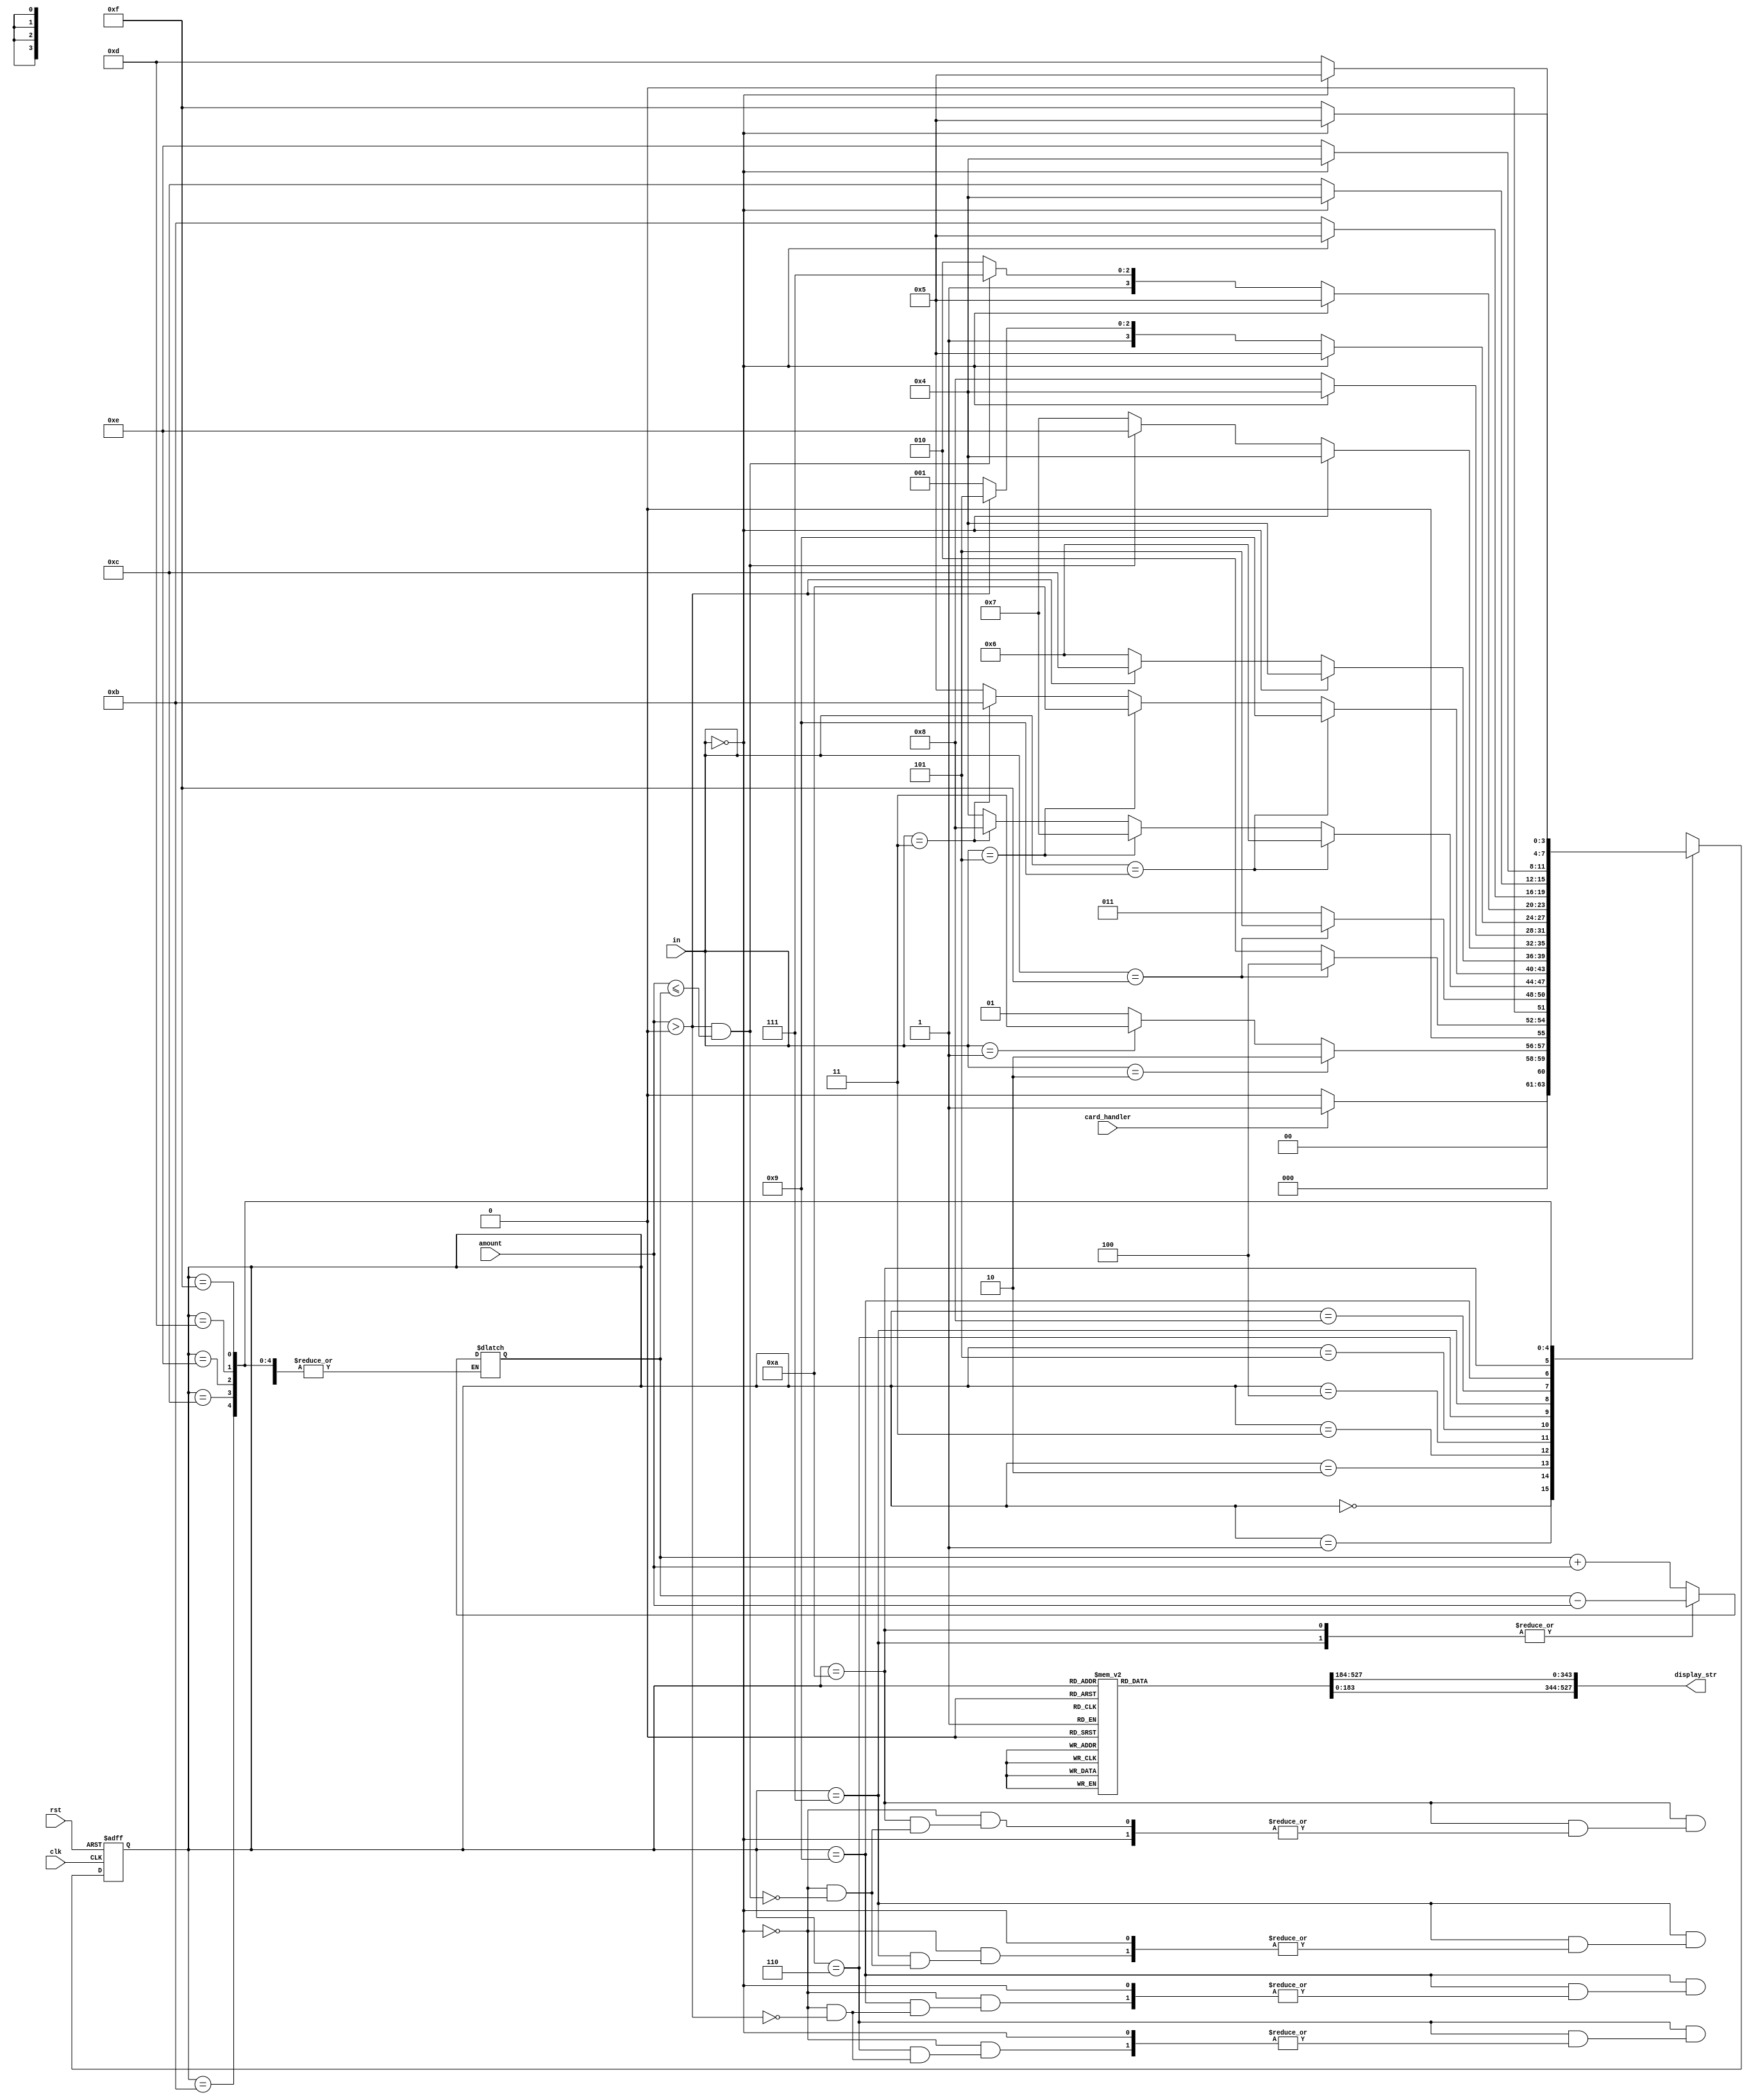
`define WELCOME_STR "Please insert your card" //23 char
`define WELCOME_STR_LEN 23
`define LAN_STR "Please choose your language\n1.Arabic\n2.English"
`define LAN_STR_LEN 46
`define PASS_EN_STR  "Please Enter your password"
`define PASS_EN_STR_LEN 26
`define PASS_AR_STR  "   "
`define PASS_AR_STR_LEN 22
`define MENU_EN_STR  "Please choose your operation\nDeposit(9)\nWithdraw(5)\nBalance(3)"
`define MENU_EN_STR_LEN 62
`define MENU_AR_STR  "   , (9) ,(5), (3)"
`define MENU_AR_STR_LEN 52
`define SUCCESS_EN  "Operation is done successfully , your balance now is"
`define SUCCESS_EN_LEN 52
`define SUCCESS_AR  "   ,  "
`define SUCCESS_AR_LEN 32
`define DEP_EN  "Enter amount you want to deposit"
`define DEP_EN_LEN 32
`define WDRAW_EN  "Enter amount you want to withdraw"
`define WDRAW_EN_LEN 33
`define DEP_AR  "    "
`define DEP_AR_LEN 32
`define WDRAW_AR  "    "
`define WDRAW_AR_LEN 33

module ATM (
  	input  wire        card_handler , // changes to 1 when card is placed 
	input  wire        rst, // async reset
	input  wire        clk, // async clk
  input wire [3:0]     in, // in from user enters data
  output reg [8*66:1]        display_str, // output message displayed on user screen
  input wire[10:0] amount // amount used when you want to submit value for deposit or withdraw
);
  parameter[3:0] AR_VAL = 4'b0001,
   				 EN_VAL = 4'b0010,
  				 DEP_VAL = 4'b1001,
  				 WDRAW_VAL = 4'b0101,
  				 BALANCE_VAL = 4'b0011,
  				 PASSWORD_VAL = 4'b1111,
  				 EXT_VAL = 4'b0000;
  
  
  
  localparam[3:0]   ST0 = 4'b0000,
                    ST1 = 4'b0001,
  					ST2 = 4'b0010,
                    ST3 = 4'b0011,
  					ST4 = 4'b0100,
                    ST5 = 4'b0101,
   					ST6 = 4'b0110,
                    ST7 = 4'b0111,
   					ST8 = 4'b1000,
                    ST9 = 4'b1001,
   					ST10 = 4'b1010,
                    ST11 = 4'b1011,
   					ST12 = 4'b1100,
                    ST13 = 4'b1101,
   					ST14 = 4'b1110,
                    ST15 = 4'b1111;
   					
  reg [32:0] balance;					
   					
  reg[3:0]         	current_state,
                    next_state;
  
  initial 
    begin
      balance = 1000000;
      current_state = ST0;
    end
  
  always @(posedge clk or negedge rst)
   begin
    if(!rst)
     begin
       current_state <= ST0 ;
     end
    else
     begin
       current_state <= next_state ;
     end
   end
  
  always @(*)
   begin
    case(current_state)
    ST0     : begin
      		  if(card_handler==1'b1)
                 next_state = ST1;
                else
                 next_state = ST0 ;			  
               end
    ST1     : begin
      			if(in == EN_VAL)
                 next_state = ST2 ;
      			else if (in == AR_VAL)
                 next_state = ST3 ;
                else
                 next_state = ST1 ;	   
              end
    ST2     : begin
      			if(in == PASSWORD_VAL)
                 next_state = ST4 ;
                else
                 next_state = ST2 ;	    
              end
    ST3     : begin
      			if(in == PASSWORD_VAL)
                 next_state = ST5 ;
                else
                 next_state = ST3 ;	    
              end
    
    ST4     : begin
      			if(in == DEP_VAL)
                 next_state = ST6 ;
      			else if(in == WDRAW_VAL)
                 next_state = ST7 ;
      			else if(in == BALANCE_VAL)
                 next_state = ST8 ;      		
                else
                 next_state = ST4 ;	    
              end
      
    ST5     : begin
      		  	if(in == DEP_VAL)
                 next_state = ST9 ;
      			else if(in == WDRAW_VAL)
                 next_state = ST10 ;
      			else if(in == BALANCE_VAL)
                 next_state = ST11 ;      		
                else
                 next_state = ST5 ;	    
              end

    ST6     : begin
               if( in ==  EXT_VAL)
                 next_state = ST4 ;
      		   else if(amount > 0 )
                 begin
                  balance = balance + amount;
                  next_state = ST12 ;
                 end
                else
                 next_state = ST6 ;	    
              end

    ST7     : begin
      			if( in ==  EXT_VAL)
                 next_state = ST4 ;
               else if(amount > 0 && amount <= balance  )
                 begin
                  balance = balance - amount;
                  next_state = ST14 ;
                 end
                else
                 next_state = ST7 ;	    
              end

    ST8     : begin
      			if( in ==  EXT_VAL)
                 next_state = ST4 ;
                else
                 next_state = ST8 ;	    
              end
    
     ST9     : begin  
       		 if( in ==  EXT_VAL)
                 next_state = ST5 ;
      		   else if(amount > 0 )
                 begin
                  balance = balance + amount;
                  next_state = ST13 ;
                 end
                else
                 next_state = ST9 ;	    
              end

    ST10     : begin
      			if( in ==  EXT_VAL)
                 next_state = ST5 ;
               else if(amount > 0 && amount <= balance  )
                 begin
                  balance = balance - amount;
                  next_state = ST15 ;
                 end
                else
                 next_state = ST10 ;	    
              end

    ST11     : begin
      			if( in ==  EXT_VAL)
                 next_state = ST5 ;
                else
                 next_state = ST11 ;	    
              end
    ST12     : begin
      			if( in ==  EXT_VAL)
                 next_state = ST4 ;
                else
                 next_state = ST12 ;	    
              end
    ST14     : begin
      			if( in ==  EXT_VAL)
                 next_state = ST4 ;
                else
                 next_state = ST14 ;	    
              end
    ST13     : begin
      			if( in ==  EXT_VAL)
                 next_state = ST5 ;
                else
                 next_state = ST13 ;	    
              end
    ST15     : begin
      			if( in ==  EXT_VAL)
                 next_state = ST5 ;
                else
                 next_state = ST15 ;	    
              end

    
      
      default :   next_state = ST0 ;		 

    endcase
  end
  
  always @(*)
   begin
    case(current_state)
    ST0     : begin
      display_str[8*66:8*(66-`WELCOME_STR_LEN)+1]   =  `WELCOME_STR;	  display_str[8*(66-`WELCOME_STR_LEN):1] = 0;
               end
    ST1       : begin
      display_str[8*66:8*(66-`LAN_STR_LEN)+1]   =  `LAN_STR;
      display_str[8*(66-`LAN_STR_LEN):1] = 0;
               end	
    ST2      : begin
      display_str[8*66:8*(66-`PASS_EN_STR_LEN)+1]   =  `PASS_EN_STR;	   display_str[8*(66-`PASS_EN_STR_LEN):1] = 0;
               end
    ST3     : begin
      display_str[8*66:8*(66-`PASS_AR_STR_LEN)+1]   =  `PASS_AR_STR;	   display_str[8*(66-`PASS_AR_STR_LEN):1] = 0;
               end
    ST4    : begin
      display_str[8*66:8*(66-`MENU_EN_STR_LEN)+1]   =  `MENU_EN_STR;
      display_str[8*(66-`MENU_EN_STR_LEN):1] = 0;
    		end
   	ST5    : begin
      display_str[8*66:8*(66-`MENU_AR_STR_LEN)+1]   =  `MENU_AR_STR;
      display_str[8*(66-`MENU_AR_STR_LEN):1] = 0;
               end			 
    ST6     : begin
      display_str[8*66:8*(66-`DEP_EN_LEN)+1]   =  `DEP_EN;
      display_str[8*(66-`DEP_EN_LEN):1] = 0;
               end
    ST7    : begin
      display_str[8*66:8*(66-`WDRAW_EN_LEN)+1]   =  `WDRAW_EN;
      display_str[8*(66-`WDRAW_EN_LEN):1] = 0;
    		end
   	ST8    : begin
      display_str[8*66:8*(66-`SUCCESS_EN_LEN)+1]   =  `SUCCESS_EN;
      display_str[8*(66-`SUCCESS_EN_LEN):1] = 0;
    		end
    ST9     : begin
      display_str[8*66:8*(66-`DEP_AR_LEN)+1]   =  `DEP_AR;
      display_str[8*(66-`DEP_AR_LEN):1] = 0;
               end
    ST10    : begin
      display_str[8*66:8*(66-`WDRAW_AR_LEN)+1]   =  `WDRAW_AR;
      display_str[8*(66-`WDRAW_AR_LEN):1] = 0;
    		end
   	ST11    : begin
      display_str[8*66:8*(66-`SUCCESS_AR_LEN)+1]   =  `SUCCESS_AR;
      display_str[8*(66-`SUCCESS_AR_LEN):1] = 0;
    		end
    ST12     : begin
      display_str[8*66:8*(66-`SUCCESS_EN_LEN)+1]   =  `SUCCESS_EN;
      display_str[8*(66-`SUCCESS_EN_LEN):1] = 0;
               end
    ST13    : begin
      display_str[8*66:8*(66-`SUCCESS_AR_LEN)+1]   =  `SUCCESS_AR;
      display_str[8*(66-`SUCCESS_AR_LEN):1] = 0;
    		end
   	ST14    : begin
      display_str[8*66:8*(66-`SUCCESS_EN_LEN)+1]   =  `SUCCESS_EN;
      display_str[8*(66-`SUCCESS_EN_LEN):1] = 0;
    		end
   	ST15    : begin
      display_str[8*66:8*(66-`SUCCESS_AR_LEN)+1]   =  `SUCCESS_AR;
      display_str[8*(66-`SUCCESS_AR_LEN):1] = 0;
    		end     
   default  : begin
                display_str   =  "";
               end			  
    endcase
   end	
		
		
endmodule